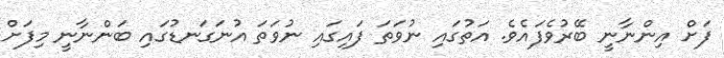
ފަށް އިންނާނީ ބޭރުވެފައެވެ. އަތުގައި ނުވަތަ ފައިގައި ނުވަތަ އުނަގަނޑުގައި ބަންނާނީ މިފަށް